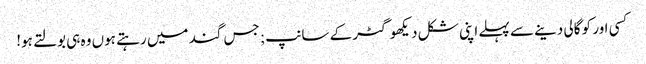
کسی اور کو گالی دینے سے پہلے اپنی شکل دیکھو گٹر کے سانپ; جس گند میں رہتے ہوں وہ ہی بولتے ہو!